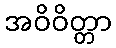
အဝိဝိတ္တာ